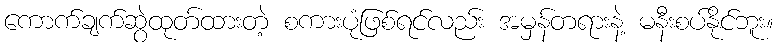
ကောက်ချက်ဆွဲထုတ်ထားတဲ့ စကားပုံဖြစ်ရင်လည်း အမှန်တရားနဲ့ မနီးစပ်နိုင်ဘူး။